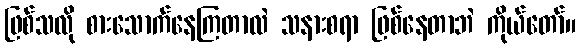
ဖြစ်သလို စားသောက်နေကြတာလဲ သနားစရာ ဖြစ်နေတာဘဲ ကိုယ်တော်။